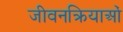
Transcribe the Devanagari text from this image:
जीवनक्रियाओं